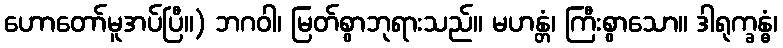
ဟောတော်မူအပ်ပြီ။) ဘဂဝါ၊ မြတ်စွာဘုရားသည်။ မဟန္တံ၊ ကြီးစွာသော။ ဒါရုက္ခန္ဓံ၊